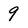
Character: 9